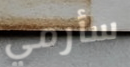
سأرمي